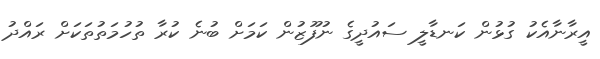
އީރާނާއެކު ގުޅުން ކަނޑާލީ ސައުދީގެ ނުފޫޒުން ކަމަށް ބުނެ ކުރާ ތުހުމަތުތަކަށް ރައްދު